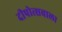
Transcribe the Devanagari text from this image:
दीपोत्सवाला